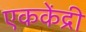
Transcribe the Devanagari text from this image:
एककेंद्री